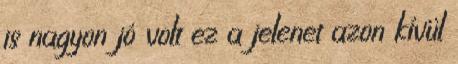
is nagyon jó volt ez a jelenet azon kívül